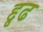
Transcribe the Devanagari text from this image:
द्दृढ